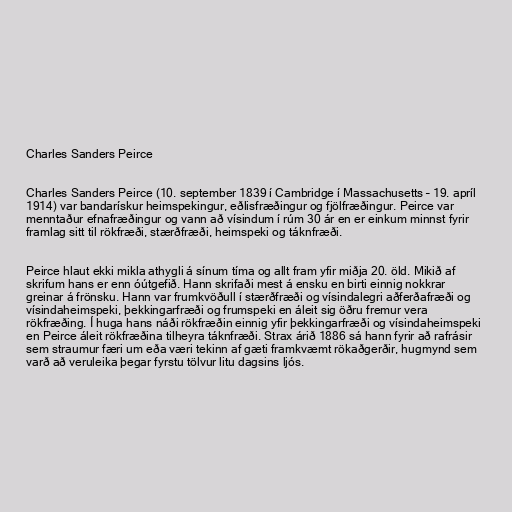
Charles Sanders Peirce

Charles Sanders Peirce (10. september 1839 í Cambridge í Massachusetts – 19. apríl
1914) var bandarískur heimspekingur, eðlisfræðingur og fjölfræðingur. Peirce var
menntaður efnafræðingur og vann að vísindum í rúm 30 ár en er einkum minnst fyrir
framlag sitt til rökfræði, stærðfræði, heimspeki og táknfræði.

Peirce hlaut ekki mikla athygli á sínum tíma og allt fram yfir miðja 20. öld. Mikið af
skrifum hans er enn óútgefið. Hann skrifaði mest á ensku en birti einnig nokkrar
greinar á frönsku. Hann var frumkvöðull í stærðfræði og vísindalegri aðferðafræði og
vísindaheimspeki, þekkingarfræði og frumspeki en áleit sig öðru fremur vera
rökfræðing. Í huga hans náði rökfræðin einnig yfir þekkingarfræði og vísindaheimspeki
en Peirce áleit rökfræðina tilheyra táknfræði. Strax árið 1886 sá hann fyrir að rafrásir
sem straumur færi um eða væri tekinn af gæti framkvæmt rökaðgerðir, hugmynd sem
varð að veruleika þegar fyrstu tölvur litu dagsins ljós.